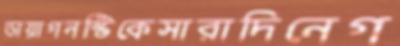
ডায়াগনস্টিকেসারাদিনেগ